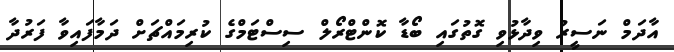
އާދަމް ނަސީރު ވިދާޅުވި ގޮތުގައި ބޯޑާ ކޮންޓްރޯލް ސިސްޓަމްގެ ކުރިމައްޗަށް ދަމާފައިވާ ފަރުދާ